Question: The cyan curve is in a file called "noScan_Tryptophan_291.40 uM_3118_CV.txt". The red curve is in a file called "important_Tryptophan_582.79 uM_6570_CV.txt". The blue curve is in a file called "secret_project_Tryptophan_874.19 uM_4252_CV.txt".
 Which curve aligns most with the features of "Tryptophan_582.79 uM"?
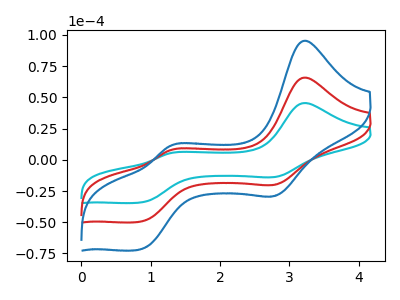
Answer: <think>The cyan curve "Tryptophan_291.40 uM" has anodic peaks at (3.20V, 45.50uA) (1.30V, 5.25uA) and cathodic peaks at (2.80V, -13.55uA) (0.85V, -34.25uA). The red curve "Tryptophan_582.79 uM" has anodic peaks at (3.20V, 65.90uA) (1.30V, 7.65uA) and cathodic peaks at (2.80V, -19.65uA) (0.85V, -49.60uA). The blue curve "Tryptophan_874.19 uM" has anodic peaks at (3.20V, 131.80uA) (1.30V, 15.25uA) and cathodic peaks at (2.80V, -39.30uA) (0.85V, -99.25uA).
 All the peaks in "Tryptophan_291.40 uM" have a peak in "Tryptophan_582.79 uM" at the same potential. Every peak in "Tryptophan_291.40 uM" is lower than every peak in "Tryptophan_582.79 uM". All the peaks in "Tryptophan_291.40 uM" have a peak in "Tryptophan_874.19 uM" at the same potential. Every peak in "Tryptophan_291.40 uM" is lower than every peak in "Tryptophan_874.19 uM". All the peaks in "Tryptophan_582.79 uM" have a peak in "Tryptophan_874.19 uM" at the same potential. Every peak in "Tryptophan_582.79 uM" is lower than every peak in "Tryptophan_874.19 uM".</think>
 <answer>"Tryptophan_582.79 uM" and "Tryptophan_874.19 uM" have a similar shape to "Tryptophan_291.40 uM".</answer>
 <eval>"Tryptophan_582.79 uM" "Tryptophan_874.19 uM"</eval>